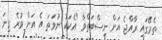
ތެރޭގައި ރާއްޖެ އަށް ނިސްބަތްވާ "އެކަކު ނުވަތަ އެ އަށް ވުރެ ގިނަ